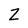
Character: Z